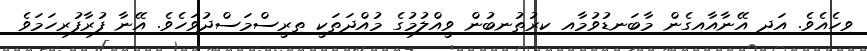
ވިހެއެވެ. އަދި އޭނާއާއިގެން މާބަނޑުވުމާއި ކިރުތުނބުން ވީއްލުމުގެ މުއްދަތަކީ ތިރީސްމަސްދުވަހެވެ. އޭނާ ފުރާފުރިހަމަވެ